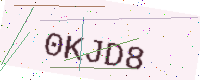
Text: 0KJD8